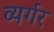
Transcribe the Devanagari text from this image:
व्यर्गर